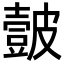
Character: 皼